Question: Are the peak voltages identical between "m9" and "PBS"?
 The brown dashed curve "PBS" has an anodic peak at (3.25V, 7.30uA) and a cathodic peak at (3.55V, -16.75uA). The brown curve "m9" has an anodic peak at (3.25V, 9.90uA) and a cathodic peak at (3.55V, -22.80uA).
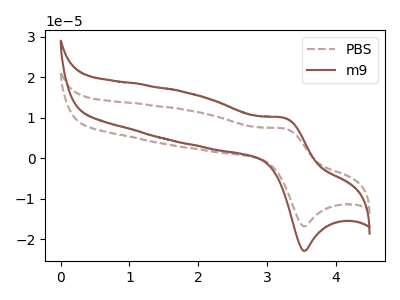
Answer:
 <answer>Yes, "m9" have a peak in "PBS" at the same potential.</answer>
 <eval>match</eval>